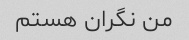
من نگران هستم